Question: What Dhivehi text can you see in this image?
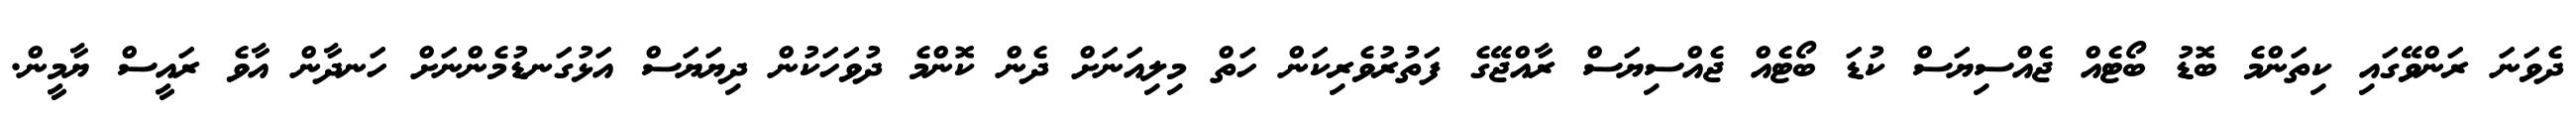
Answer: ދެވަނަ ރަންވޭގައި ކިތަންމެ ބޮޑު ބޯޓެއް ޖެއްސިޔަސް ކުޑަ ބޯޓެއް ޖެއްސިޔަސް ރާއްޖޭގެ ފަތުުރުވެރިކަން ހަތް މިލިއަނަށް ދެން ކޮންމެ ދުވަހަކުން ދިޔަޔަސް އަޅުގަނޑުމެންނަށް ހަނދާން އާވެ ރައީސް ޔާމީން.